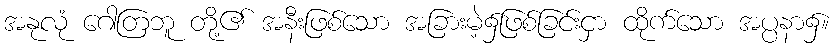
အနုလုံ ဂေါတြဘူ တို့၏ အနီးဖြစ်သော အခြားမဲ့၌ဖြစ်ခြင်းငှာ ထိုက်သော အပ္ပနာ၌။